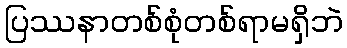
ပြဿနာတစ်စုံတစ်ရာမရှိဘဲ